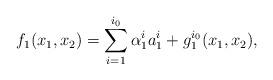
LaTeX: \begin{align*}f_1(x_1,x_2)=\sum_{i=1}^{i_0} \alpha_1^i a_1^i+ g_1^{i_0}(x_1,x_2),\end{align*}